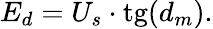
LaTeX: E_{d}=U_{s}\cdot\mathrm{tg}(d_{m}).